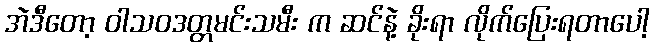
အဲဒီတော့ ဝါသဝဒတ္တမင်းသမီး က ဆင်နဲ့ ခိုးရာ လိုက်ပြေးရတာပေါ့